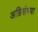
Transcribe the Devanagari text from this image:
अग्निसंभवा